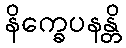
နိက္ခေပနန္တိ